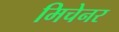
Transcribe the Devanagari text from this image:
मिचेनर